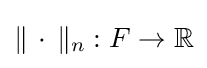
\|\,\cdot \,\|_{n}:F\to \mathbb {R}